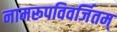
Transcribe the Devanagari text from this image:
नामरूपविवर्जितम्